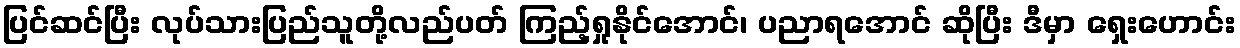
ပြင်ဆင်ပြီး လုပ်သားပြည်သူတို့လည်ပတ် ကြည့်ရှုနိုင်အောင်၊ ပညာရအောင် ဆိုပြီး ဒီမှာ ရှေးဟောင်း